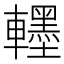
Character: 𮝯